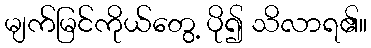
မျက်မြင်ကိုယ်တွေ့ ပို၍ သိလာရ၏။